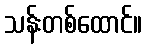
သန်းတစ်ထောင်။